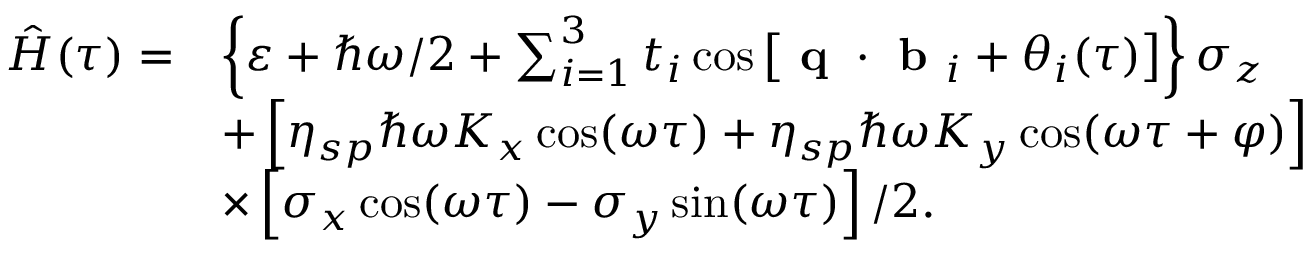
\begin{array} { r l } { \hat { H } ( \tau ) = } & { \left\{ \varepsilon + \hbar \omega / 2 + \sum _ { i = 1 } ^ { 3 } t _ { i } \cos \left[ \textbf { q } \cdot \textbf { b } _ { i } + \theta _ { i } ( \tau ) \right] \right\} \sigma _ { z } } \\ & { + \left[ \eta _ { s p } \hbar \omega K _ { x } \cos ( \omega \tau ) + \eta _ { s p } \hbar \omega K _ { y } \cos ( \omega \tau + \varphi ) \right] } \\ & { \times \left[ \sigma _ { x } \cos ( \omega \tau ) - \sigma _ { y } \sin ( \omega \tau ) \right] / 2 . } \end{array}